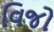
વિજો